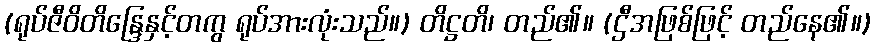
(ရုပ်ဇီဝိတိန္ဒြေနှင့်တကွ ရုပ်အားလုံးသည်။) တိဋ္ဌတိ၊ တည်၏။ (ဌီအဖြစ်ဖြင့် တည်နေ၏။)